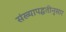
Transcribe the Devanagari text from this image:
संख्यापद्धतीनुसार